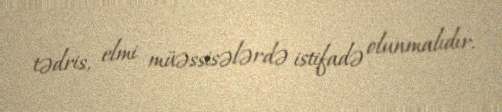
tədris, elmi müəssisələrdə istifadə olunmalıdır.